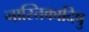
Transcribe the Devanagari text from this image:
नास्तिकादिषु